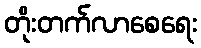
တိုးတက်လာစေရေး